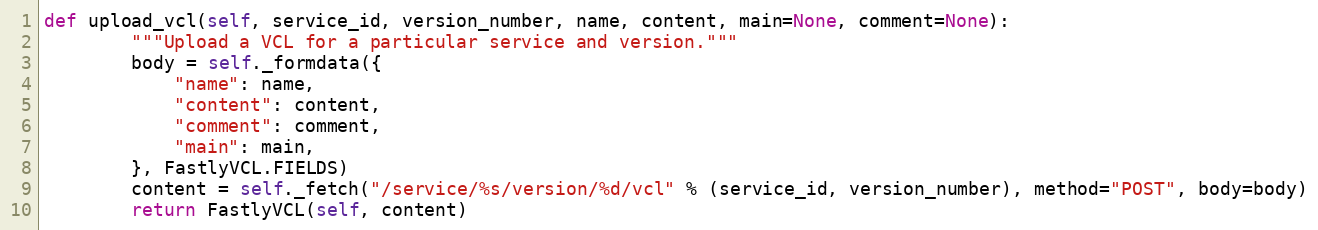
Language: Python
def upload_vcl(self, service_id, version_number, name, content, main=None, comment=None):
		"""Upload a VCL for a particular service and version."""
		body = self._formdata({
			"name": name,
			"content": content,
			"comment": comment,
			"main": main,
		}, FastlyVCL.FIELDS)
		content = self._fetch("/service/%s/version/%d/vcl" % (service_id, version_number), method="POST", body=body)
		return FastlyVCL(self, content)